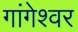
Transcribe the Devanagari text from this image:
गांगेश्वर